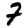
Digit: 7